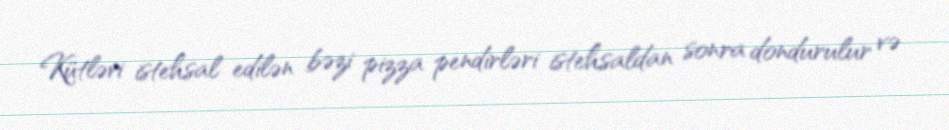
Kütləvi istehsal edilən bəzi pizza pendirləri istehsaldan sonra dondurulur və